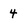
Character: 4